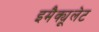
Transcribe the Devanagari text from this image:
इमैक्यूलेट